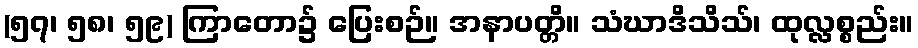
(၅၇၊ ၅၈၊ ၅၉) ကြာတော၌ ပြေးစဉ်။ အနာပတ္တိ။ သံဃာဒိသိသ်၊ ထုလ္လစ္စည်း။